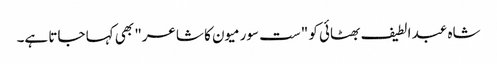
شاہ عبد الطیف بھٹائی کو "ست سورمیون کا شاعر" بھی کہا جاتا ہے۔